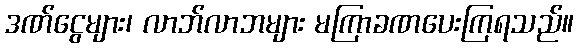
ဒဏ်ငွေများ၊ လာဘ်လာဘများ မကြာခဏပေးကြရသည်။